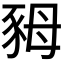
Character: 𧰷